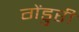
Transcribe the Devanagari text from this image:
गेंडुरी